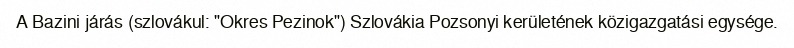
A Bazini járás (szlovákul: "Okres Pezinok") Szlovákia Pozsonyi kerületének közigazgatási egysége.